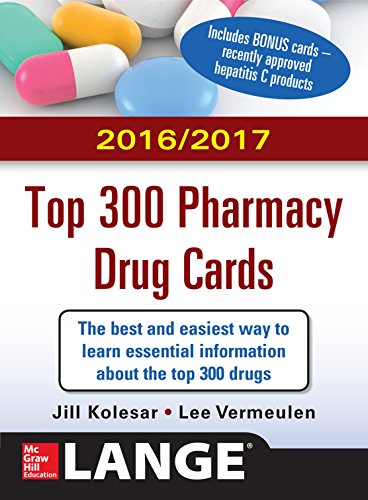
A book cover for McGraw-Hill's 2016/2017 Top 300 Pharmacy Drug Cards; Jill M. Kolesar; Medical Books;